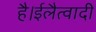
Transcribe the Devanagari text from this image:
है।ईलैत्वादी